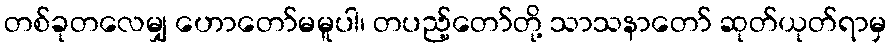
တစ်ခုတလေမျှ ဟောတော်မမူပါ၊ တပည့်တော်တို့ သာသနာတော် ဆုတ်ယုတ်ရာမှ